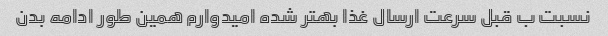
نسبت ب قبل سرعت ارسال غذا بهتر شده امیدوارم همین طور ادامه بدن